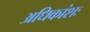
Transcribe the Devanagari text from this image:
अधिकांशः